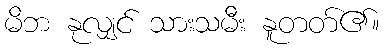
မိဘ နုလျှင် သားသမီး နူတတ်၏။